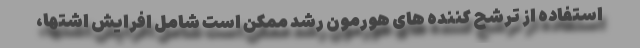
استفاده از ترشح کننده های هورمون رشد ممکن است شامل افرایش اشتها،